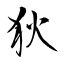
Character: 狄